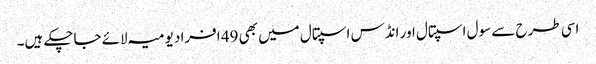
اسی طرح سے سول اسپتال اور انڈس اسپتال میں بھی 49 افراد یومیہ لائے جاچکے ہیں۔